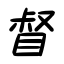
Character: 督